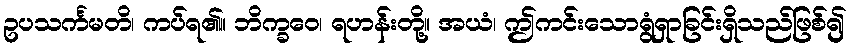
ဥပသင်္ကမတိ၊ ကပ်ရ၏။ ဘိက္ခဝေ၊ ရဟန်းတို့။ အယံ၊ ဤကင်းသောရွံရှာခြင်းရှိသည်ဖြစ်၍